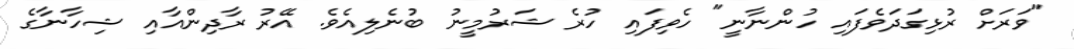
"ވަރަށް ރުޅިގަދަވެފައި ހުންނާނީ" ހެވިފައި ހުރެ ޝަރުމީނު ބުނެލިއެވެ. އޭރު ރާދިންއާއި ޝިހާނާގެ